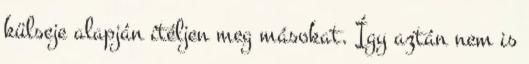
külseje alapján ítéljen meg másokat. Így aztán nem is